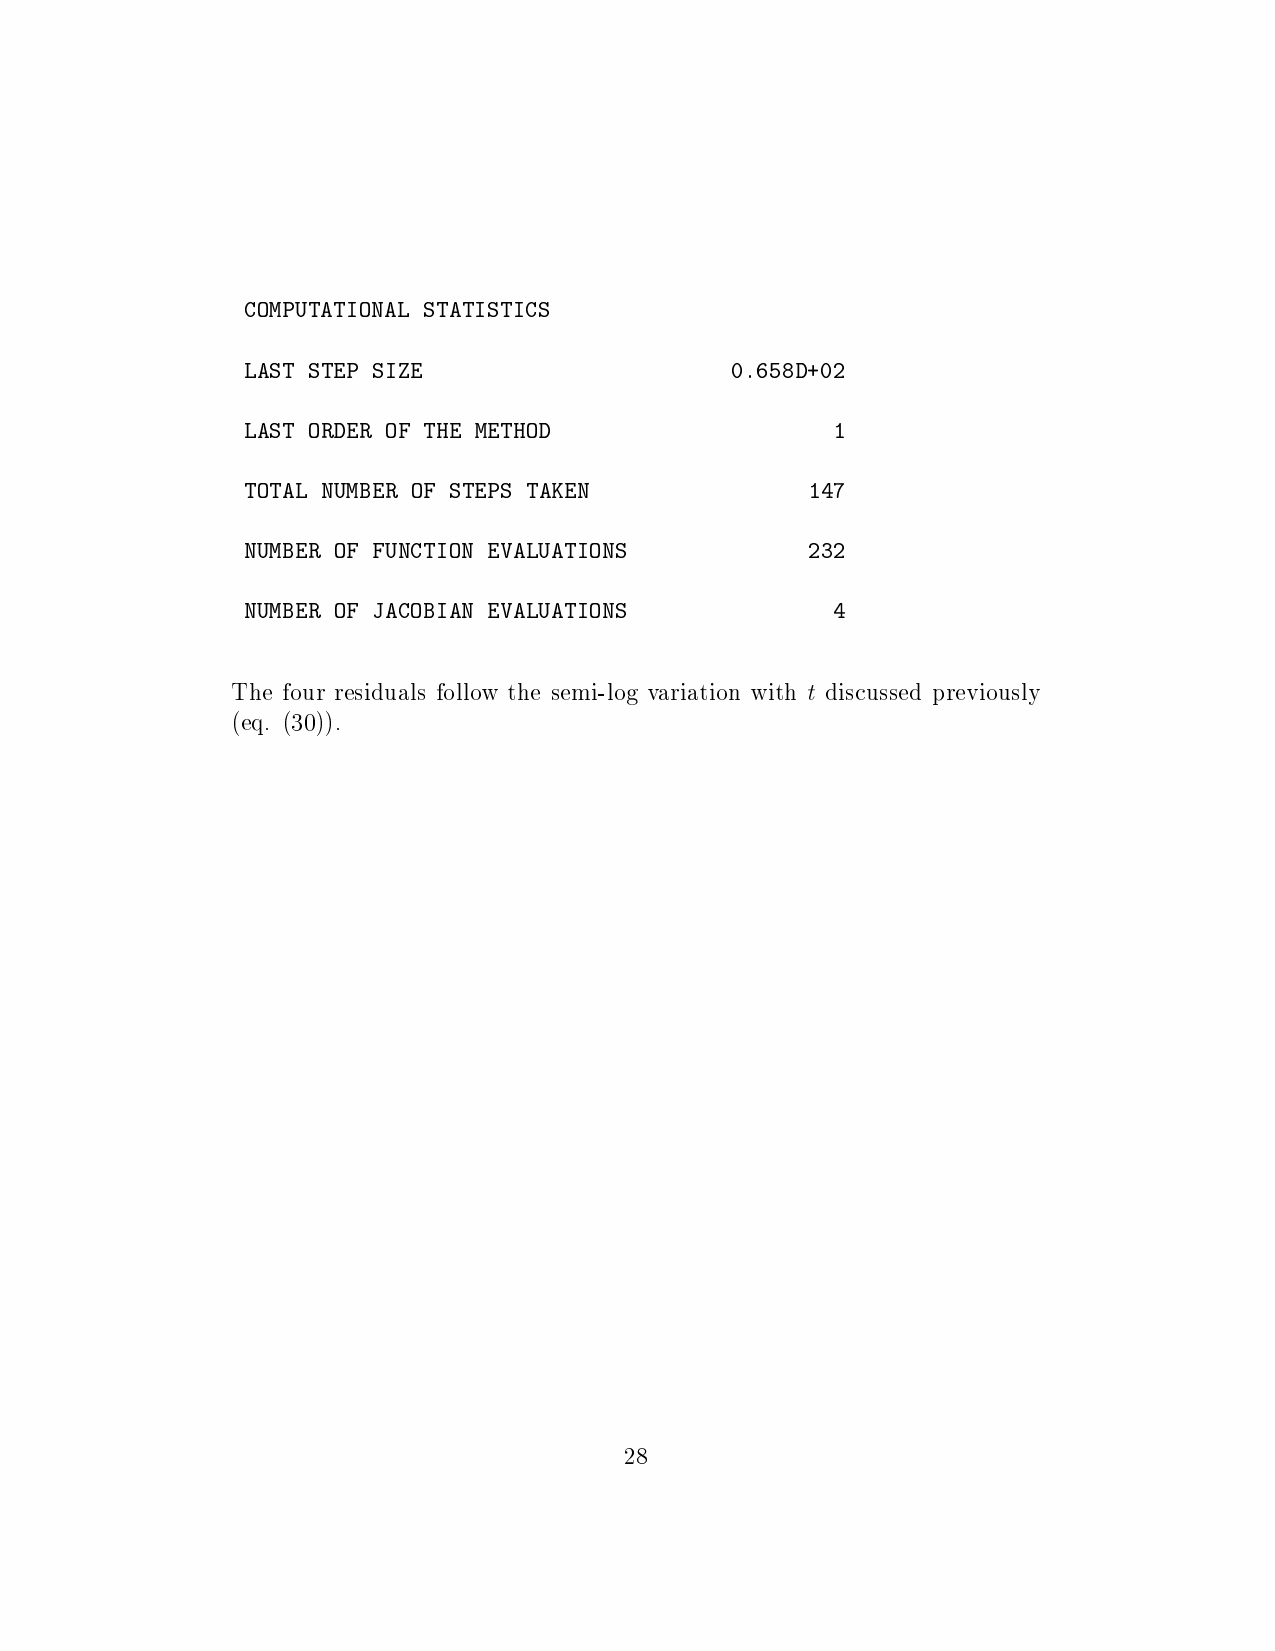
T
 (
 C O M
 L A S
 L A S
 T O T
 N U M
 N U M
 h e
 e q .
 P
 T
 T
 A
 B
 B
 f
 (
 U
 L
 E
 E
 o
 3
 T
 S
 O
 R
 R
 u
 0
 A
 T
 R
 N
 r
 ) )
 T
 E
 D
 U
 O
 O
 r
 .
 I
 P
 E
 M
 F
 F
 e
 O
 R
 B
 s i
 N
 S
 E
 F
 J
 d
 A
 I
 O
 R
 U
 A
 u
 L
 Z
 F
 N
 C
 a
 E
 O
 C
 O
 l
 S
 T
 F
 T
 B
 s
 T
 H
 I
 I
 f
 A
 E
 S
 O
 A
 o
 T
 T
 N
 N
 l l
 I
 M
 E
 o
 S
 E
 P
 E
 E
 w
 T
 T
 S
 V
 V
 I
 H
 A
 A
 t h
 C
 O
 T
 L
 L
 e
 S
 D
 A
 U
 U
 K
 A
 A
 s
 E
 T
 T
 e
 N
 I
 I
 m
 O
 O
 i
 N
 N
 - l
 S
 S
 o g
 2 8
 v a r i a t i o
 0
 n
 . 6
 w
 5
 i t
 8
 h
 D +
 1
 2
 t
 0
 4
 3
 d
 2
 1
 7
 2
 4
 i s c u s s e d p r e v i o u s l y